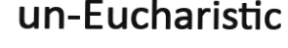
un-Eucharistic